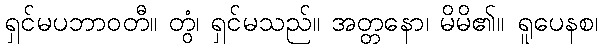
ရှင်မပဘာဝတီ။ တွံ၊ ရှင်မသည်။ အတ္တနော၊ မိမိ၏။ ရူပေနစ၊